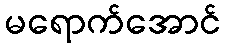
မရောက်အောင်